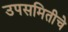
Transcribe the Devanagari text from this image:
उपसमितीचे